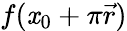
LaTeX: f(\mathit{x}_{0}+\pi{\vec{{r}}})